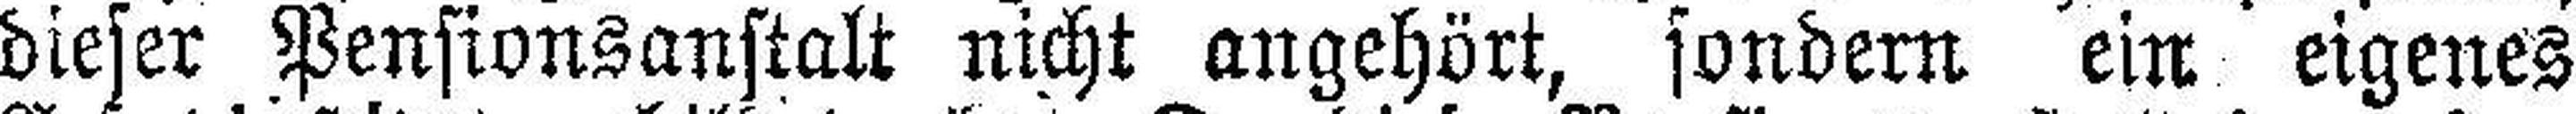
dieser Pensionsanstalt nicht angehört, sondern ein eigenes